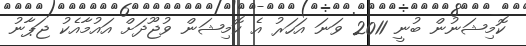
ކޮމިޝަނުން ބުނީ 2011 ވަނަ އަހަރު އެ ކޮމިޝަން ވުޖޫދަށް އައުމާއެކު ޖަޕާނު